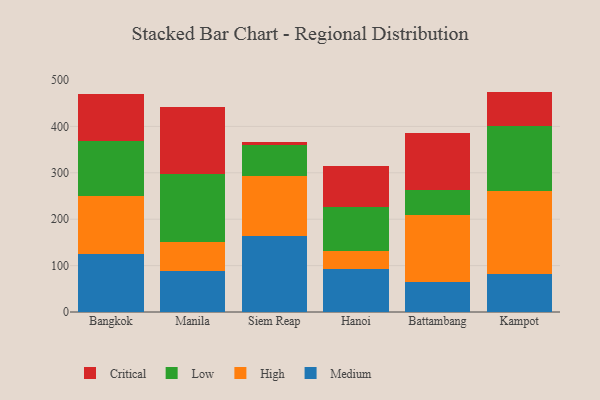
{"axis": {"x": "City", "y": "Demand Index"}, "legend": ["Critical", "High", "Low", "Medium"], "data": [{"x": "Bangkok", "y": 125.4, "type": "Medium"}, {"x": "Bangkok", "y": 125.3, "type": "High"}, {"x": "Bangkok", "y": 118.2, "type": "Low"}, {"x": "Bangkok", "y": 102.0, "type": "Critical"}, {"x": "Manila", "y": 87.8, "type": "Medium"}, {"x": "Manila", "y": 63.1, "type": "High"}, {"x": "Manila", "y": 146.8, "type": "Low"}, {"x": "Manila", "y": 143.2, "type": "Critical"}, {"x": "Siem Reap", "y": 162.9, "type": "Medium"}, {"x": "Siem Reap", "y": 129.2, "type": "High"}, {"x": "Siem Reap", "y": 67.1, "type": "Low"}, {"x": "Siem Reap", "y": 7.7, "type": "Critical"}, {"x": "Hanoi", "y": 93.4, "type": "Medium"}, {"x": "Hanoi", "y": 38.2, "type": "High"}, {"x": "Hanoi", "y": 93.7, "type": "Low"}, {"x": "Hanoi", "y": 88.8, "type": "Critical"}, {"x": "Battambang", "y": 63.9, "type": "Medium"}, {"x": "Battambang", "y": 145.9, "type": "High"}, {"x": "Battambang", "y": 53.9, "type": "Low"}, {"x": "Battambang", "y": 122.2, "type": "Critical"}, {"x": "Kampot", "y": 82.1, "type": "Medium"}, {"x": "Kampot", "y": 178.8, "type": "High"}, {"x": "Kampot", "y": 138.9, "type": "Low"}, {"x": "Kampot", "y": 75.2, "type": "Critical"}]}